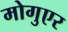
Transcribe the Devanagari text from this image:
मोगुएर